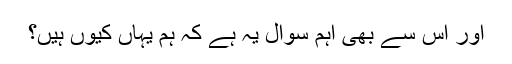
اور اس سے بھی اہم سوال یہ ہے کہ ہم یہاں کیوں ہیں؟